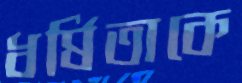
ধর্ষিতাকে